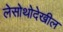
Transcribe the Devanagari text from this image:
लेसोथोदेखील